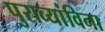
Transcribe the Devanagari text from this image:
पुराव्यांविना